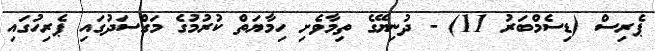
ޕެރިސް (ޑިސެމްބަރު 11) - ދުނިޔޭގެ ތިމާވެށި ހިމާޔަތް ކުރުމުގެ މަގްސަދުގައި ޕެރިހުގައި